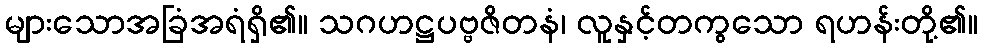
များသောအခြံအရံရှိ၏။ သဂဟဋ္ဌပဗ္ဗဇိတနံ၊ လူနှင့်တကွသော ရဟန်းတို့၏။